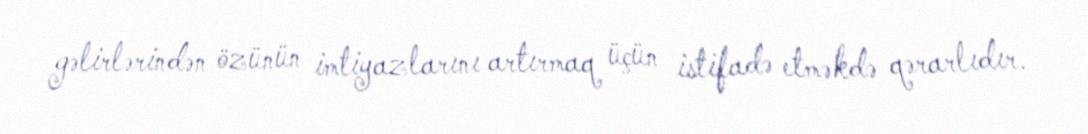
gəlirlərindən özünün imtiyazlarını artırmaq üçün istifadə etməkdə qərarlıdır.